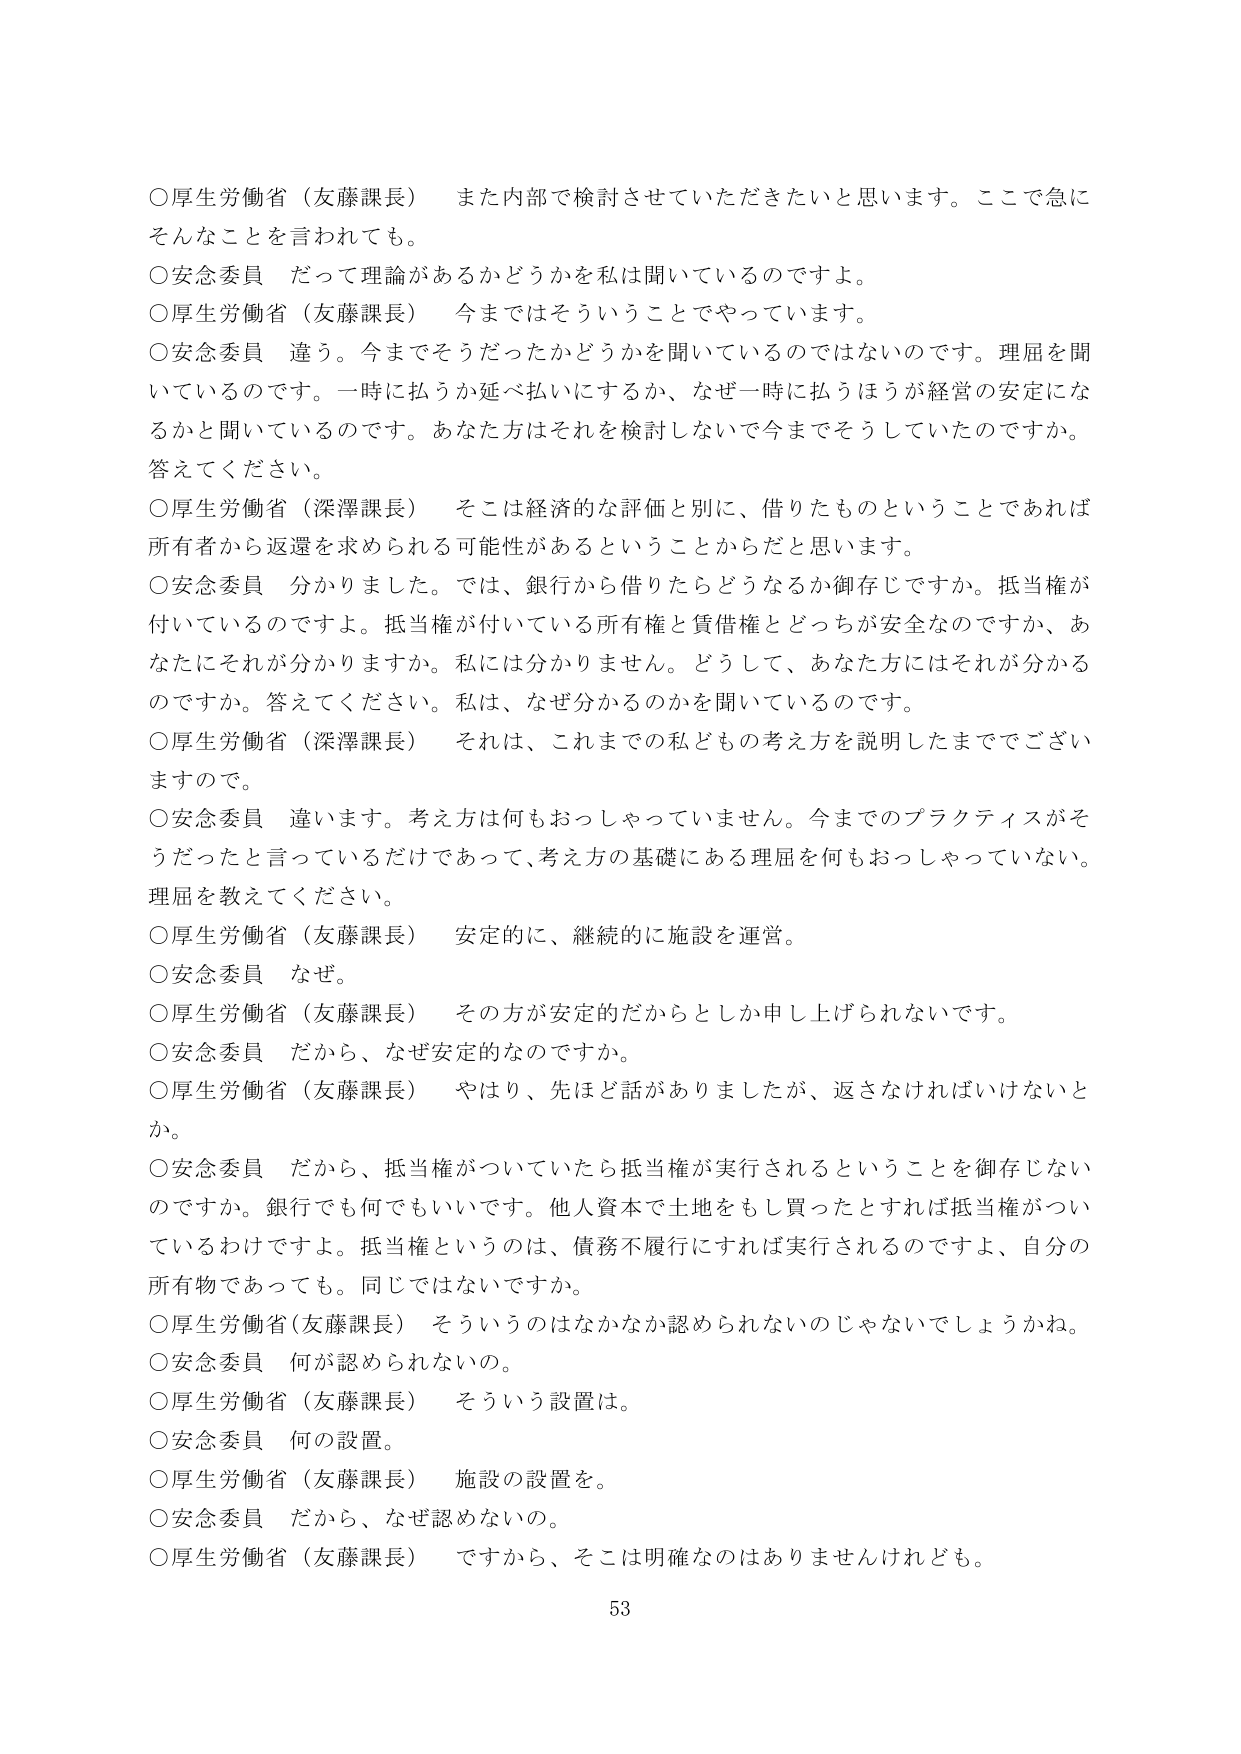
○厚生労働省（友藤課長）　また内部で検討させていただきたいと思います。ここで急にそんなことを言われても。
○安念委員　だって理論があるかどうかを私は聞いているのですよ。
○厚生労働省（友藤課長）　今まではそういうことでやっています。
○安念委員　違う。今までそうだったかどうかを聞いているのではないのです。理屈を聞いているのです。一時に払うか延べ払いにするか、なぜ一時に払うほうが経営の安定になるかと聞いているのです。あなた方はそれを検討しないで今までそうしていたのですか。答えてください。
○厚生労働省（深澤課長）　そこは経済的な評価と別に、借りたものということであれば所有者から返還を求められる可能性があるということからだと思います。
○安念委員　分かりました。では、銀行から借りたらどうなるか御存じですか。抵当権が付いているのですよ。抵当権が付いている所有権と賃借権とどっちが安全なのですか、あなたにそれが分かりますか。私には分かりません。どうして、あなた方にはそれが分かるのですか。答えてください。私は、なぜ分かるのかを聞いているのです。
○厚生労働省（深澤課長）　それは、これまでの私どもの考え方を説明したまででございますので。
○安念委員　違います。考え方は何もおっしゃっていません。今までのプラクティスがそうだったと言っているだけであって、考え方の基礎にある理屈を何もおっしゃっていない。理屈を教えてください。
○厚生労働省（友藤課長）　安定的に、継続的に施設を運営。
○安念委員　なぜ。
○厚生労働省（友藤課長）　その方が安定的だからとしか申し上げられないです。
○安念委員　だから、なぜ安定的なのですか。
○厚生労働省（友藤課長）　やはり、先ほど話がありましたが、返さなければならないとか。
○安念委員　だから、抵当権がついていたら抵当権が実行されるということを御存じないのですか。銀行でも何でもいいです。他人資本で土地をもし買ったとすれば抵当権がついているわけですよ。抵当権というのは、債務不履行にすれば実行されるのですよ、自分の所有物であっても。同じではないですか。
○厚生労働省（友藤課長）　そういうのはなかなか認められないのじゃないでしょうか。
○安念委員　何が認められないの。
○厚生労働省（友藤課長）　そういう設置は。
○安念委員　何の設置。
○厚生労働省（友藤課長）　施設の設置を。
○安念委員　だから、なぜ認めないの。
○厚生労働省（友藤課長）　ですから、そこは明確なのはありませんけれども。
53